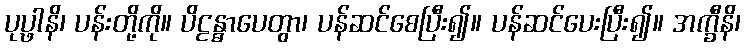
ပုပ္ဖာနိ၊ ပန်းတို့ကို။ ပိဠန္ဓာပေတွာ၊ ပန်ဆင်စေပြီး၍။ ပန်ဆင်ပေးပြီး၍။ အက္ခီနိ၊